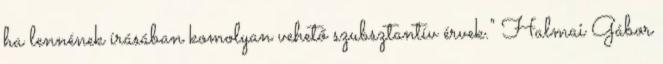
ha lennének írásában komolyan vehető szubsztantív érvek." Halmai Gábor